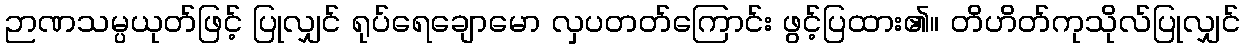
ဉာဏသမ္ပယုတ်ဖြင့် ပြုလျှင် ရုပ်ရေချောမော လှပတတ်ကြောင်း ဖွင့်ပြထား၏။ တိဟိတ်ကုသိုလ်ပြုလျှင်